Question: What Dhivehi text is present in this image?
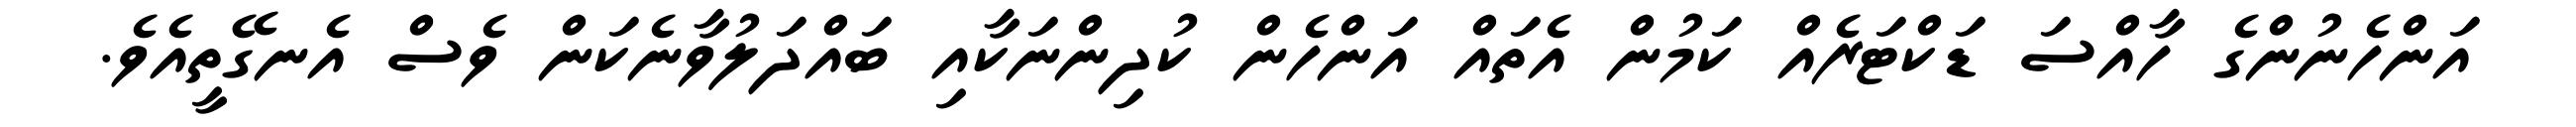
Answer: އަންހެނުންގެ ހާއްސަ ޑަކްޓަރެއް ކަމުން އެތައް އަންހެން ކުދިންނަކާއި ބައްދަލުވާނެކަން ވެސް އެނގޭތީއެވެ.